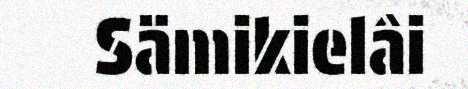
Sämikielâi